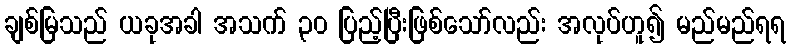
ချစ်မြသည် ယခုအခါ အသက် ၃၀ ပြည့်ပြီးဖြစ်သော်လည်း အလုပ်ဟူ၍ မည်မည်ရရ